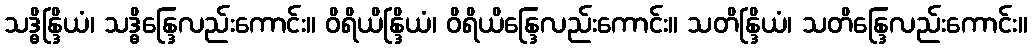
သဒ္ဓိန္ဒြိယံ၊ သဒ္ဓိန္ဒြေလည်းကောင်း။ ဝိရိယိန္ဒြိယံ၊ ဝိရိယိန္ဒြေလည်းကောင်း။ သတိန္ဒြိယံ၊ သတိန္ဒြေလည်းကောင်း။